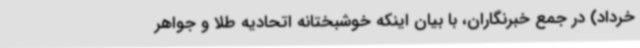
خرداد) در جمع خبرنگاران، با بیان اینکه خوشبختانه اتحادیه طلا و جواهر